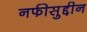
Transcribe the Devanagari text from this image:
नफीसुद्दीन